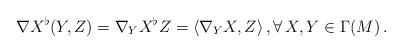
LaTeX: \begin{align*} \nabla X^{\flat} (Y,Z) = \nabla _Y X^{\flat} Z = \langle \nabla _Y X, Z\rangle\, , \forall\, X,Y \in \Gamma (M)\, . \end{align*}